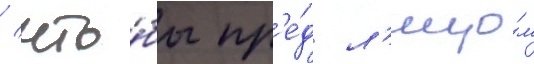
/ что́бы пр'е́д л'ицо́м